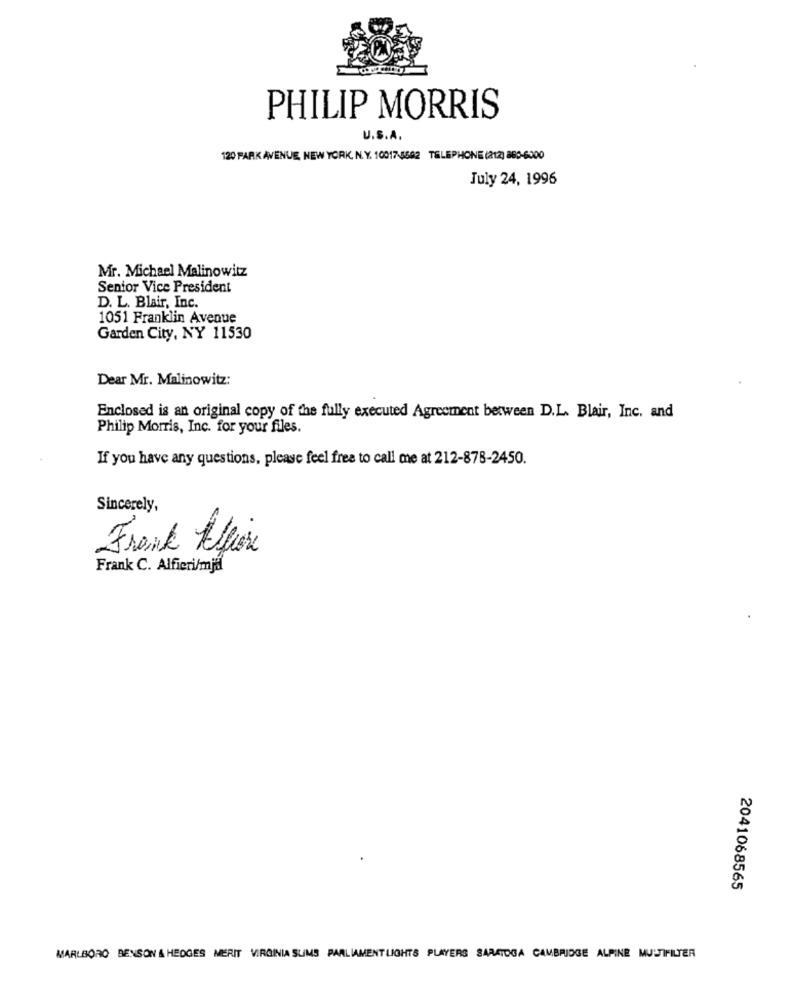
PHILIP MORRIS
U.S.A.
120 PARK AVENUE, NEW YORK, N. Y. 10017-5692 TELEPHONE (212) 880-6500
July 24, 1996
Mr. Michael Malinowitz
Senior Vice President
D. L. Blair, Inc
1051 Franklin Avenue
Garden City, NY 11530
Dear Mr. Malinowitz:
Enclosed is an original copy of the fully executed Agreement between D.L. Blair, Inc. and
Philip Morris, Inc. for your files
If you have any questions, please feel free to call me at 212-878-2450.
Sincerely,
Frank Alfine
Frank C. Alfieri/mja
2041068565
MARLBORO BENSON & HEDGES MERIT VIRGINIA SUMS PARLIAMENT LIGHTS PLAYERS SARATOGA CAMBRIDGE ALPINE MULTIFILTER